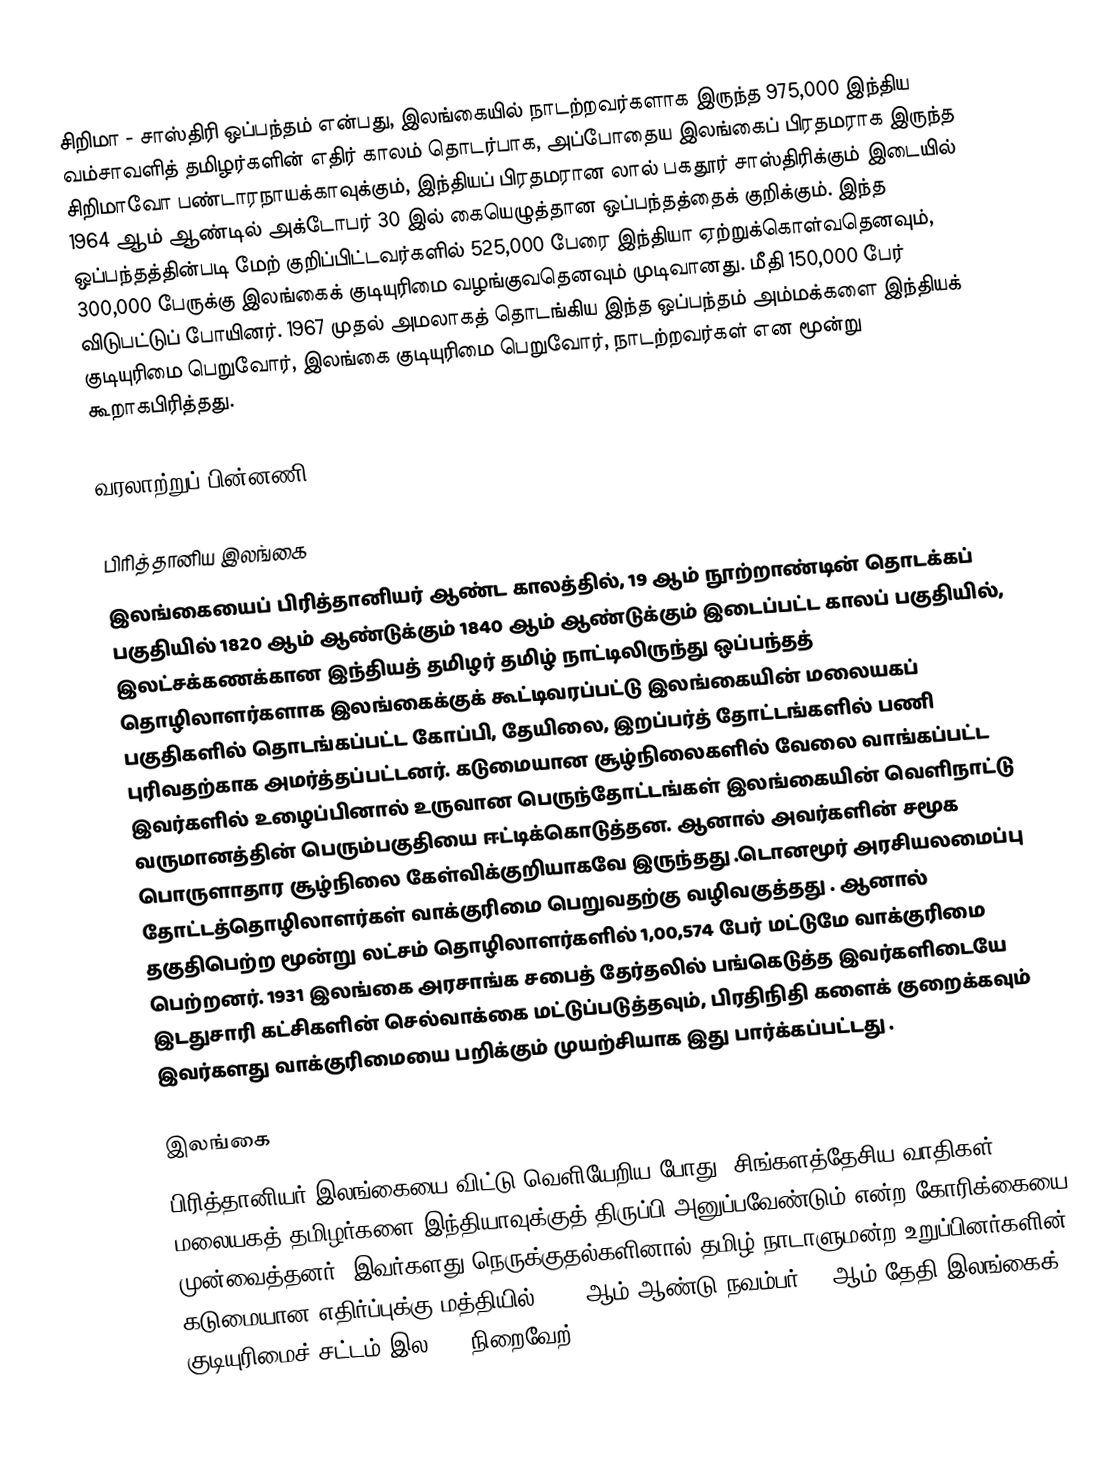
சிறிமா - சாஸ்திரி ஒப்பந்தம் என்பது, இலங்கையில் நாடற்றவர்களாக இருந்த 975,000 இந்திய வம்சாவளித் தமிழர்களின் எதிர் காலம் தொடர்பாக, அப்போதைய இலங்கைப் பிரதமராக இருந்த சிறிமாவோ பண்டாரநாயக்காவுக்கும், இந்தியப் பிரதமரான லால் பகதூர் சாஸ்திரிக்கும் இடையில் 1964 ஆம் ஆண்டில் அக்டோபர் 30 இல் கையெழுத்தான ஒப்பந்தத்தைக் குறிக்கும். இந்த ஒப்பந்தத்தின்படி மேற் குறிப்பிட்டவர்களில் 525,000 பேரை இந்தியா ஏற்றுக்கொள்வதெனவும், 300,000 பேருக்கு இலங்கைக் குடியுரிமை வழங்குவதெனவும் முடிவானது. மீதி 150,000 பேர் விடுபட்டுப் போயினர். 1967 முதல் அமலாகத் தொடங்கிய இந்த ஒப்பந்தம் அம்மக்களை  இந்தியக் குடியுரிமை பெறுவோர், இலங்கை குடியுரிமை பெறுவோர், நாடற்றவர்கள் என மூன்று கூறாகபிரித்தது.

வரலாற்றுப் பின்னணி

பிரித்தானிய இலங்கை
இலங்கையைப் பிரித்தானியர் ஆண்ட காலத்தில், 19 ஆம் நூற்றாண்டின் தொடக்கப் பகுதியில் 1820 ஆம் ஆண்டுக்கும் 1840 ஆம் ஆண்டுக்கும் இடைப்பட்ட காலப் பகுதியில், இலட்சக்கணக்கான இந்தியத் தமிழர் தமிழ் நாட்டிலிருந்து ஒப்பந்தத் தொழிலாளர்களாக இலங்கைக்குக் கூட்டிவரப்பட்டு இலங்கையின் மலையகப் பகுதிகளில் தொடங்கப்பட்ட கோப்பி, தேயிலை, இறப்பர்த் தோட்டங்களில் பணி புரிவதற்காக அமர்த்தப்பட்டனர். கடுமையான சூழ்நிலைகளில் வேலை வாங்கப்பட்ட இவர்களில் உழைப்பினால் உருவான பெருந்தோட்டங்கள் இலங்கையின் வெளிநாட்டு வருமானத்தின் பெரும்பகுதியை ஈட்டிக்கொடுத்தன. ஆனால் அவர்களின் சமூக பொருளாதார சூழ்நிலை கேள்விக்குறியாகவே இருந்தது .டொனமூர் அரசியலமைப்பு  தோட்டத்தொழிலாளர்கள் வாக்குரிமை பெறுவதற்கு வழிவகுத்தது . ஆனால் தகுதிபெற்ற மூன்று லட்சம்  தொழிலாளர்களில் 1,00,574 பேர் மட்டுமே வாக்குரிமை பெற்றனர். 1931 இலங்கை அரசாங்க சபைத் தேர்தலில் பங்கெடுத்த இவர்களிடையே இடதுசாரி கட்சிகளின் செல்வாக்கை மட்டுப்படுத்தவும், பிரதிநிதி களைக் குறைக்கவும் இவர்களது வாக்குரிமையை பறிக்கும் முயற்சியாக இது பார்க்கப்பட்டது .

இலங்கை
பிரித்தானியர் இலங்கையை விட்டு வெளியேறிய போது, சிங்களத்தேசிய வாதிகள், மலையகத் தமிழர்களை இந்தியாவுக்குத் திருப்பி அனுப்பவேண்டும் என்ற கோரிக்கையை முன்வைத்தனர். இவர்களது நெருக்குதல்களினால் தமிழ் நாடாளுமன்ற உறுப்பினர்களின் கடுமையான எதிர்ப்புக்கு மத்தியில் 1948 ஆம் ஆண்டு நவம்பர் 15 ஆம் தேதி இலங்கைக் குடியுரிமைச் சட்டம் இல. 18 நிறைவேற்